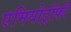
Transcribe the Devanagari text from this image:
एमियोट्रॉफ़ी